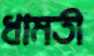
ধামতী